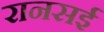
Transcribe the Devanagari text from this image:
रानसई